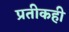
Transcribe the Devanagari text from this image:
प्रतीकही